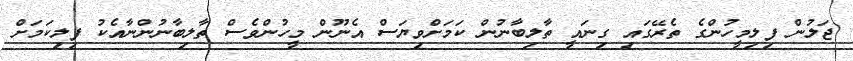
ޖަލުން ފިލިމީހުންގެ ތެރޭގައި ގިނައީ ތާލިބާނުން ކަމަށްވިޔަސް އެނޫން މީހުންވެސް ތާލިބާނުންނާއެކު ފިލިކަމަށް